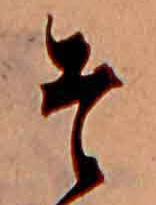
そ